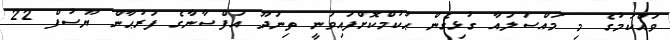
ވައްކަމުގެ މި މައްސަލައާ ގުޅިގެން ޙުކުމްކޮށްފައިވަނީ ތިނަދޫ އަފްސާނާގެ ފަރުޙާން ޔޫސުފް 22